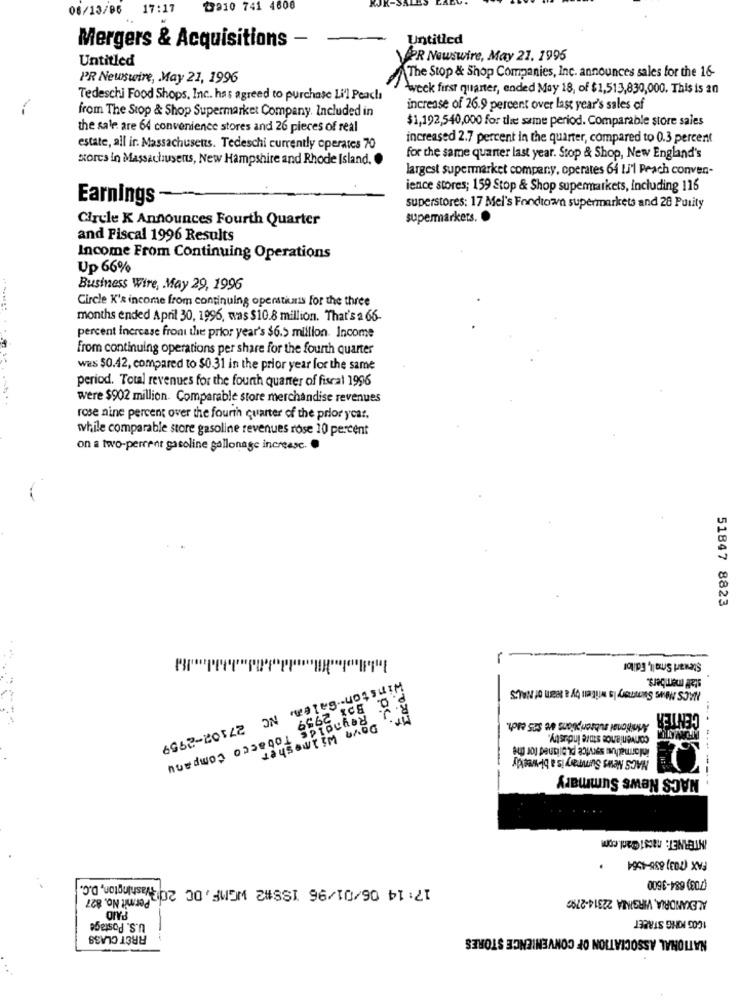
08/13/96
17:17
2010 741 4608
Untitled
Mergers & Acquisitions -
Untitled
PR Newswire, May 21. 1995
PR Newswire, May 21, 1996
The Stop & Shop Companies, Inc. announces sales for the 16-
week first quarter, ended May 18, of $1,513,830,000. This is an
Tedeschi Food Shops, Inc. has agreed to purchase Li'l Peach
from The Stop & Shop Supermarket Company. Included in
increase of 26.9 percent over last year's sales of
$1,192,540,000 for the same period. Comparable store sales
the sale are 64 convenience stores and 26 pieces of real
increased 2.7 percent in the quarter, compared to 0.3 percent
estate, all ir. Massachusetts. Tedeschi currently operates 70
stores in Massachusens, New Hampshire and Rhode Island.
for the same quarter last year. Stop & Shop, New England's
largest supermarket company, operates 64 [J'l Peach conven-
ience stores; 159 Stop & Shop supermarkets, Including 116
Earnings
superstores: 17 Mel's Fondtown supermarkets and 28 Purity
Circle K Announces Fourth Quarter
supermarkets. .
and Fiscal 1996 Results
Income From Continuing Operations
Up 66%
Business Wire, May 29, 1996
Circle K's income from continuing operatiunis for the three
months ended April 30, 1996, was $10.8 million. That's a 66
percent increase front the prior year's $6.5 million. Income
from continuing operations per share for the fourth quarter
was $0.42, compared to $0.31 in the prior year for the same
period. Total revenues for the fourth quarter of fiscal 1996
were $902 million. Comparable store merchandise revenues
rose nine percent over the fourth quarter of the prior year.
while comparable store gasoline revenues rose 10 percent
on a two-percent gasoline gallonage increase. .
51847 8823
-
Stewart Small, Editor
NACS News Summary Is written by a team of NALES
CENTER
Box 2959
JaUSOWI IM 47.OG
convenience store industry.
NACS News Summary is a bi-weekly
NACS News Summary
------
INTERNET: nacs1@aol.com
.
17:14 06/01/96 1SS#2 WGMF, DC 20 Washington, D.C.
Permit No. 827
0096-189 (02)
1COG PONG STREET
U.S. Postage
RRET CLASS
NATIONAL ASSOCIATION OF CONVENIENCE STORES